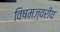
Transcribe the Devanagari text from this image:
विषमज्वरीय